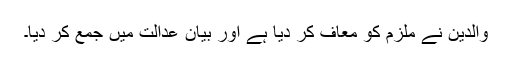
والدین نے ملزم کو معاف کر دیا ہے اور بیان عدالت میں جمع کر دیا۔